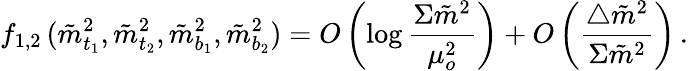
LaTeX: f_{1,2}\, (\tilde{m}_{t_{1}}^{2},\tilde{m}_{t_{2}}^{2},\tilde{m}_{b_{1}}^{2},\tilde{m}_{b_{2}}^{2})=O\left(\log\frac{\Sigma\tilde{m}^{2}}{\mu_{o}^{2}}\right)+O\left(\frac{\bigtriangleup\tilde{m}^{2}}{\Sigma\tilde{m}^{2}}\right)\, .